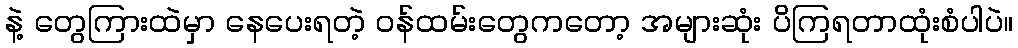
နဲ့ တွေကြားထဲမှာ နေပေးရတဲ့ ဝန်ထမ်းတွေကတော့ အများဆုံး ပိကြရတာထုံးစံပါပဲ။